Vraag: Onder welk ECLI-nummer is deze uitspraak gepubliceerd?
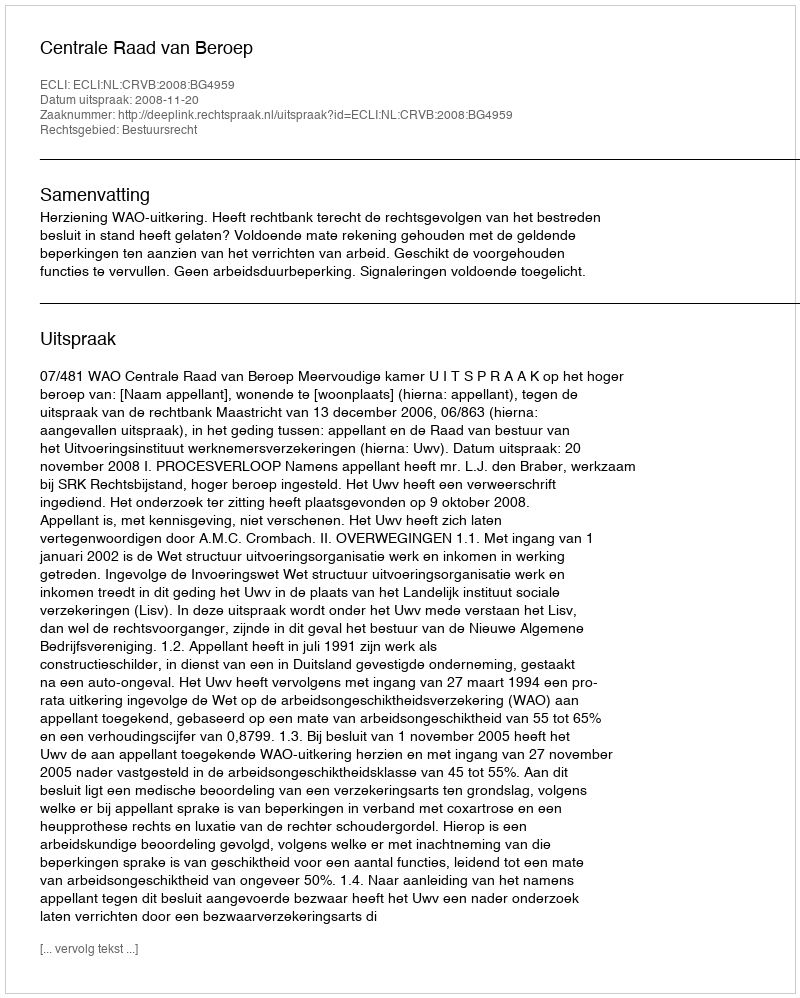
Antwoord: ECLI:NL:CRVB:2008:BG4959